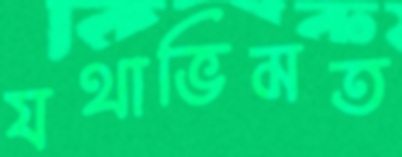
যথাভিমত